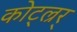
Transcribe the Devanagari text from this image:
कोट्ल्रर्